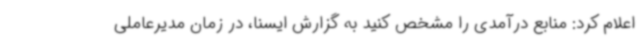
اعلام کرد: منابع درآمدی را مشخص کنید به گزارش ایسنا، در زمان مدیرعاملی